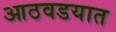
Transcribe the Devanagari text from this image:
आठवडयात